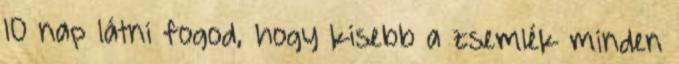
10 nap látni fogod, hogy kisebb a zsemlék minden